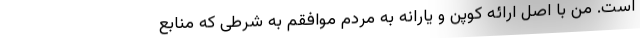
است. من با اصل ارائه کوپن و یارانه به مردم موافقم به شرطی که منابع